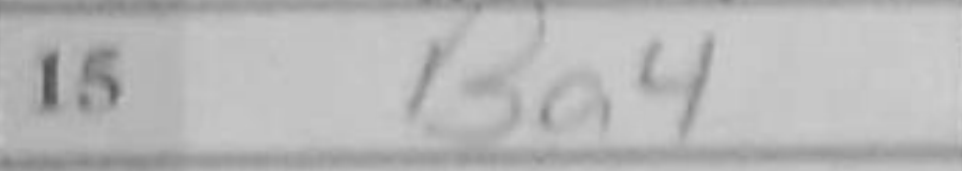
Transcription: Ba4